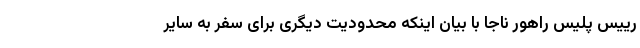
رییس پلیس راهور ناجا با بیان اینکه محدودیت دیگری برای سفر به سایر